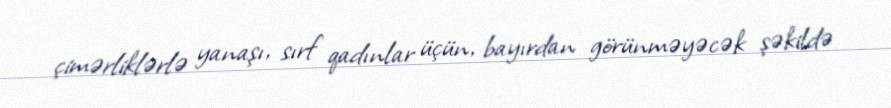
çimərliklərlə yanaşı, sırf qadınlar üçün, bayırdan görünməyəcək şəkildə